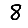
Digit: 8